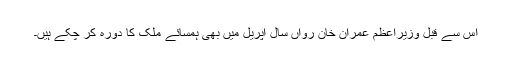
اس سے قبل وزیراعظم عمران خان رواں سال اپریل میں بھی ہمسائے ملک کا دورہ کر چکے ہیں۔